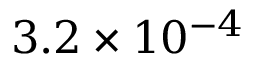
3 . 2 \times 1 0 ^ { - 4 }